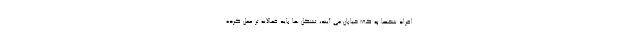
افراد شخصا به کف خیابان می آیند، تشکل ها باید فعالانه تر عمل کرده